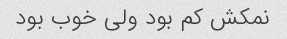
نمکش کم بود ولی خوب بود